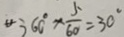
3 6 0 ^ { \circ } \times \frac { 5 } { 6 0 } = 3 0 ^ { \circ }